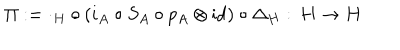
LaTeX: \Pi : = \cdot _ { H } \circ ( i _ { A } \circ S _ { A } \circ p _ { A } \otimes \mathrm { i d } ) \circ \Delta _ { H } : \, H \rightarrow H